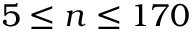
5 \leq n \leq 1 7 0